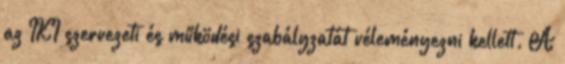
az IKI szervezeti és működési szabályzatát véleményezni kellett. A